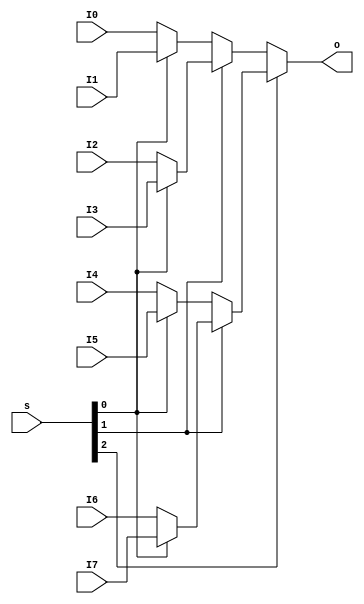
module MUX8T1_32(
    input[31:0] I0,
    input[31:0] I1,
    input[31:0] I2,
    input[31:0] I3,
    input[31:0] I4,
    input[31:0] I5,
    input[31:0] I6,
    input[31:0] I7,
    input[2:0] s,
    output[31:0] o
    );

    assign o = s[2] ? (s[1] ? (s[0] ? I7 : I6) : (s[0] ? I5 : I4)) : (s[1] ? (s[0] ? I3 : I2) : (s[0] ? I1 : I0));
endmodule